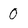
Character: 0